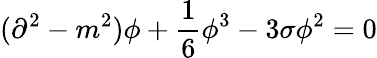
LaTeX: (\partial^{2}-m^{2})\phi+\frac{1}{6}\phi^{3}-3\sigma\phi^{2}=0